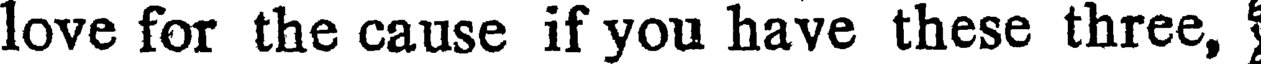
love for the cause if you have these three,